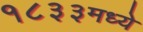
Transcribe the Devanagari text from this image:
१८३३मध्ये